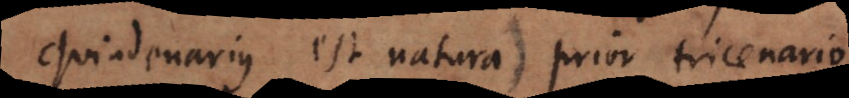
quindenarius est natura prior tricenario